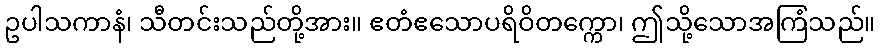
ဥပါသကာနံ၊ သီတင်းသည်တို့အား။ ဧတံဧသောပရိဝိတက္ကော၊ ဤသို့သောအကြံသည်။